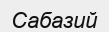
Сабазий